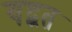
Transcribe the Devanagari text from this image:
यद्वत